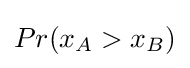
Pr(x_{A}>x_{B})